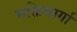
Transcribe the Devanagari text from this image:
भक्तिमार्गा